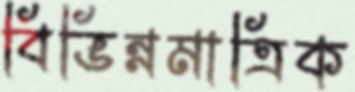
বিভিন্নমাত্রিক